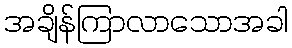
အချိန်ကြာလာသောအခါ